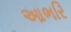
આભરિ